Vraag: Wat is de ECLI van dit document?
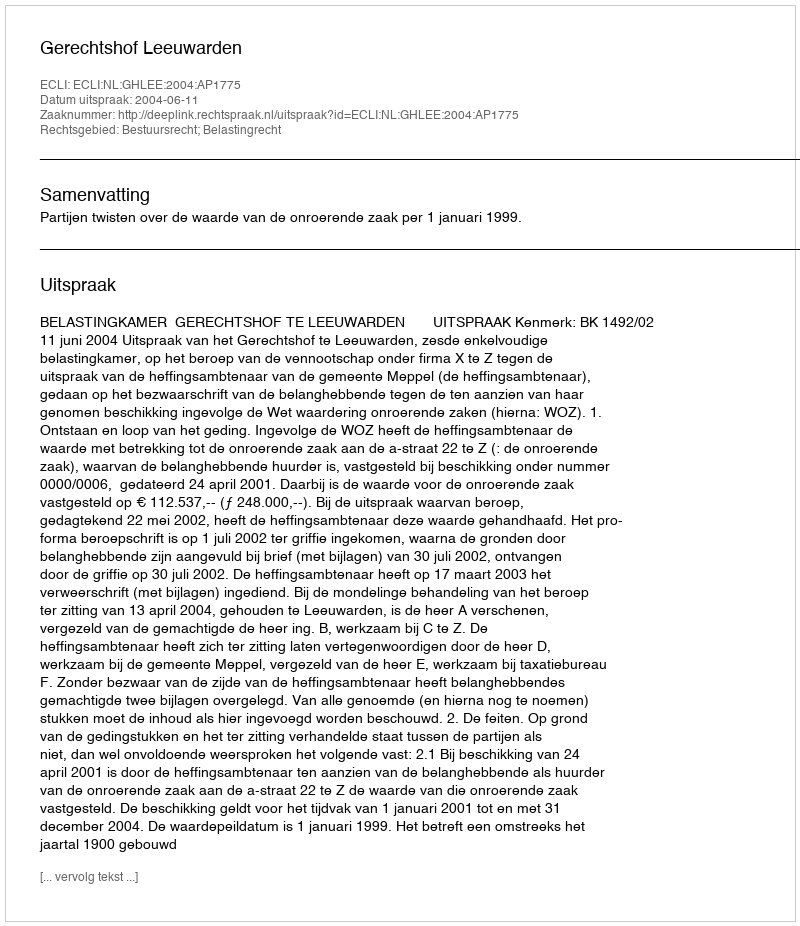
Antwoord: ECLI:NL:GHLEE:2004:AP1775